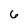
Character: 6